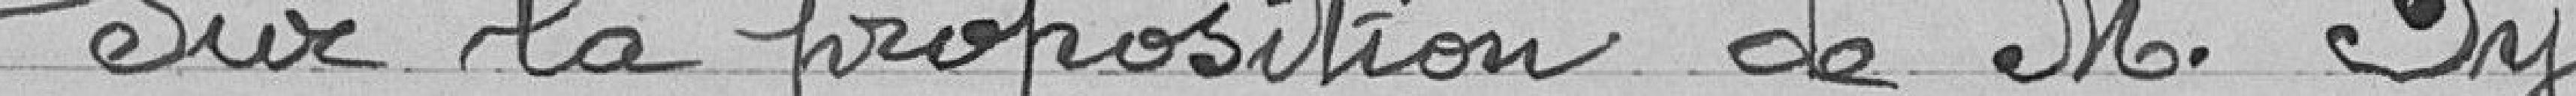
Sur la proposition de Monsieur Py